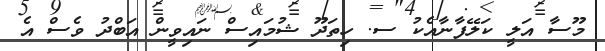
މޫސާ އަލީ ކަލޭފާނާއެކު ސ. ހިތަދޫ ޝުމައިސް ނައިވީން އަބްދު ވެސް އެ